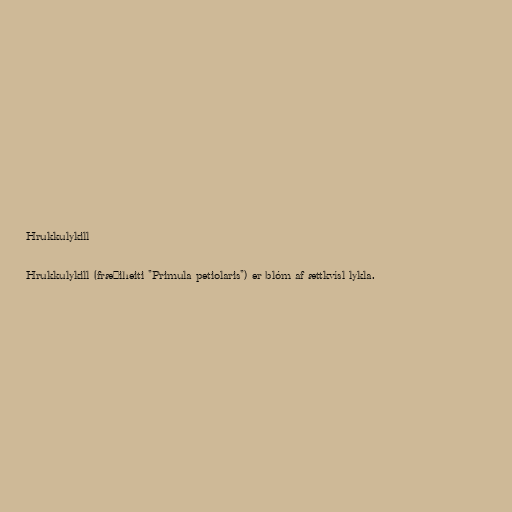
Hrukkulykill

Hrukkulykill (fræðiheiti "Primula petiolaris") er blóm af ættkvísl lykla.